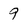
Character: 9